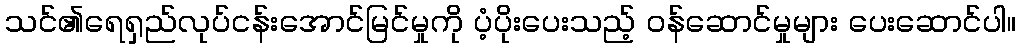
သင်၏ရေရှည်လုပ်ငန်းအောင်မြင်မှုကို ပံ့ပိုးပေးသည့် ဝန်ဆောင်မှုများ ပေးဆောင်ပါ။